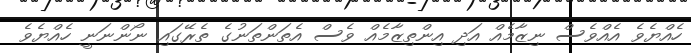
ހެއްޔެވެ އެއްވެސް ނިޒާމެއް އަދި އިންތިޒާމެއް ވެސް އެތަންތަނުގެ ތެރޭގައި ނޯންނަނީ ހެއްޔެވެ